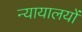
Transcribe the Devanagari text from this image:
न्यायालयोंं